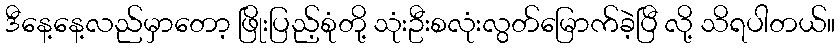
ဒီနေ့နေ့လည်မှာတော့ ဖြိုးပြည့်စုံတို့ သုံးဦးစလုံးလွတ်မြောက်ခဲ့ပြီ လို့ သိရပါတယ်။